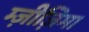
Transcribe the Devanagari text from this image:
म्ज़ीज़िमा